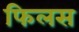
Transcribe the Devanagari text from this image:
फिलस